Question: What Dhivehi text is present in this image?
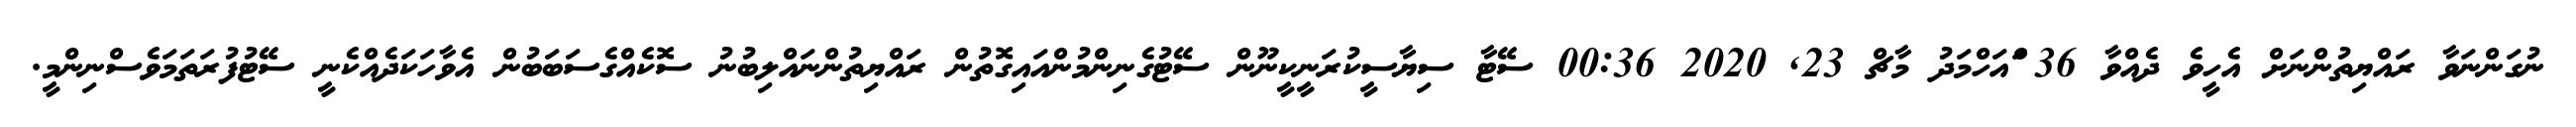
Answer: ނުގަންނަވާ ރައްޔިތުންނަށް އެހީވެ ދެއްވާ 36 ްައަހްމަދު މާޗް 23, 2020 00:36 ސޭޓާ ސިޔާސީކުރަނީކީނޫން ސޭޓުގެނިންމުންއައިގޮތުން ރައްޔިތުންނައްލިބުނު ސޮކެއްގެސަބަބުން އެވާހަކަދެއްކެނީ ސޭޓުފުރަތަމަވެސްނިންމީ.